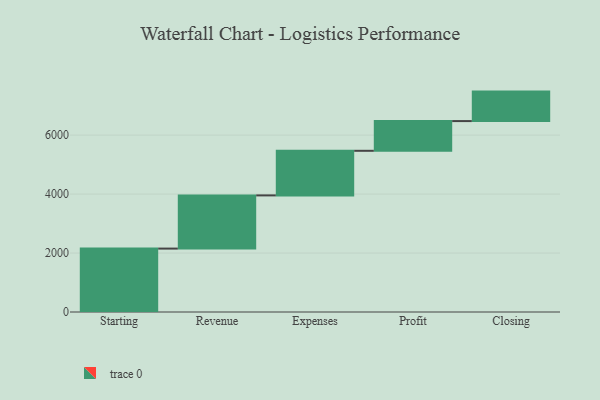
{"axis": {"x": "Step", "y": "Value"}, "legend": [""], "data": [{"x": "Starting", "y": 2151.0, "type": ""}, {"x": "Revenue", "y": 1804.0, "type": ""}, {"x": "Expenses", "y": 1513.0, "type": ""}, {"x": "Profit", "y": 1008.0, "type": ""}, {"x": "Closing", "y": 1000, "type": ""}]}